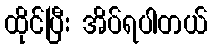
ထိုင်ပြီး အိပ်ရပါတယ်